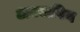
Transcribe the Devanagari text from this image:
अक्वापिम